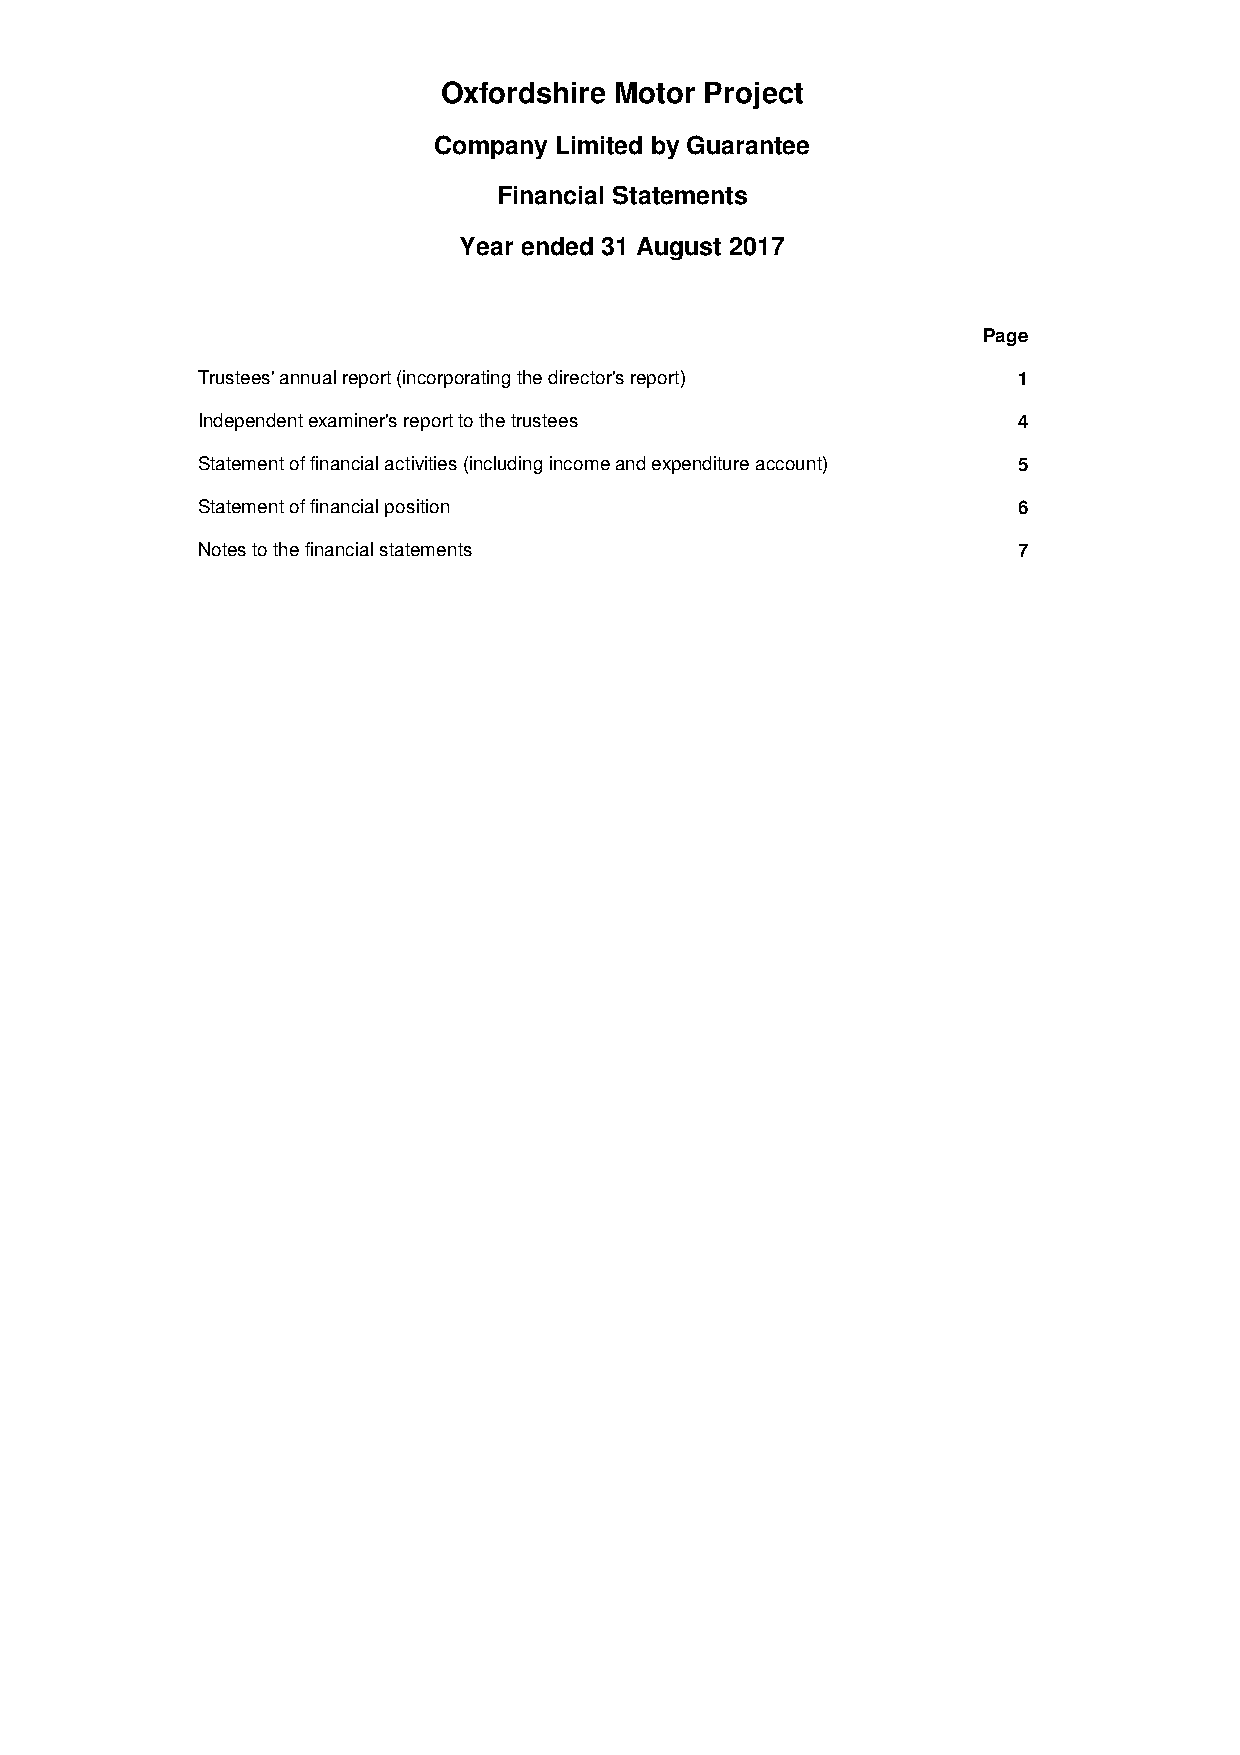
Oxfordshire Motor Project
 Company Limited by Guarantee
 Financial Statements
 Year ended 31 August 2017
 Page
 Trustees' annual report (incorporating the director's report) 1
 Independent examiner's report to the trustees         4
 Statement of financial activities (including income and expenditure account) 5
 Statement of financial position                       6
 Notes to the financial statements                     7